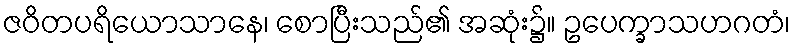
ဇဝိတပရိယောသာနေ၊ စောပြီးသည်၏ အဆုံး၌။ ဥပေက္ခာသဟဂတံ၊